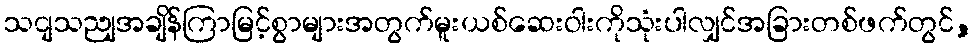
သငျသညျအချိန်ကြာမြင့်စွာများအတွက်မူးယစ်ဆေးဝါးကိုသုံးပါလျှင်အခြားတစ်ဖက်တွင်,